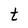
Character: t